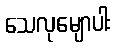
သေလုမျောပါး